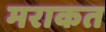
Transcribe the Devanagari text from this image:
मराकत